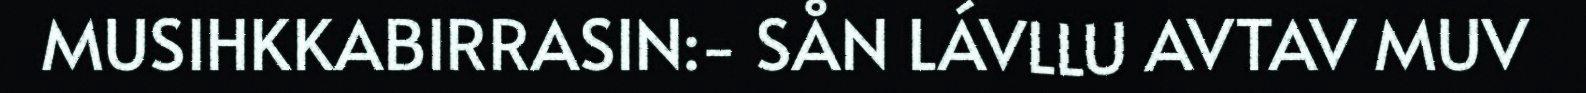
MUSIHKKABIRRASIN:- SÅN LÁVLLU AVTAV MUV